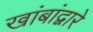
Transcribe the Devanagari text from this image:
खांबांद्वारे